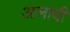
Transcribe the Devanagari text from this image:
अलादी